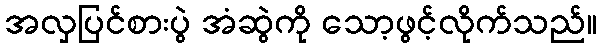
အလှပြင်စားပွဲ အံဆွဲကို သော့ဖွင့်လိုက်သည်။